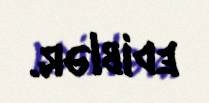
ediblər.